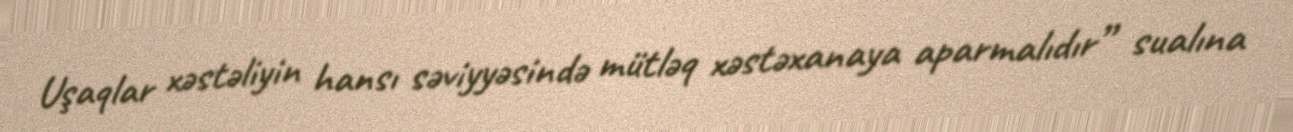
Uşaqlar xəstəliyin hansı səviyyəsində mütləq xəstəxanaya aparmalıdır” sualına